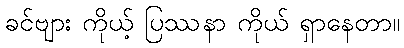
ခင်ဗျား ကိုယ့် ပြဿနာ ကိုယ် ရှာနေတာ။